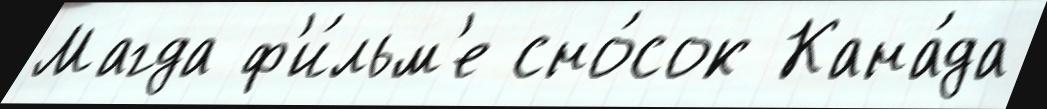
Магда ф'и́льм'е сно́сок Кана́да